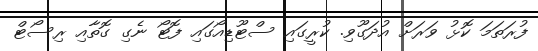
ފުރަތަމަ ކޮޅު ވަރަށް އުދަގޫވި. ކުރީގައި ސްޓޫޑިއޯގައި ފޮޓޯ ނެގި ގޮތާއި ރިސޯޓް